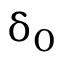
\updelta _ { 0 }